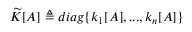
\widetilde K [ A ] \triangleq d i a g \{ k _ { 1 } [ A ] , . . . , k _ { n } [ A ] \}